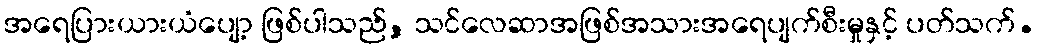
အရေပြားယားယံပျော့ ဖြစ်ပါသည်, သင်လေဆာအဖြစ်အသားအရေပျက်စီးမှုနှင့် ပတ်သက်.